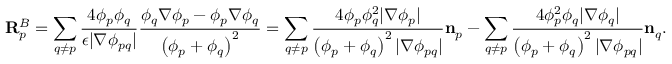
\mathbf { R } _ { p } ^ { B } = \sum _ { q \neq p } \frac { 4 \phi _ { p } \phi _ { q } } { \epsilon | \nabla \phi _ { p q } | } \frac { \phi _ { q } \nabla \phi _ { p } - \phi _ { p } \nabla \phi _ { q } } { \left( \phi _ { p } + \phi _ { q } \right) ^ { 2 } } = \sum _ { q \neq p } \frac { 4 \phi _ { p } \phi _ { q } ^ { 2 } | \nabla \phi _ { p } | } { \left( \phi _ { p } + \phi _ { q } \right) ^ { 2 } | \nabla \phi _ { p q } | } \mathbf { n } _ { p } - \sum _ { q \neq p } \frac { 4 \phi _ { p } ^ { 2 } \phi _ { q } | \nabla \phi _ { q } | } { \left( \phi _ { p } + \phi _ { q } \right) ^ { 2 } | \nabla \phi _ { p q } | } \mathbf { n } _ { q } .